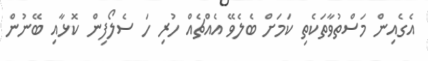
އެގެއިން މަސްތުވާތަކެތި ކަމަށް ބެލެވޭ އެއްޗެއް ހުރި ހަ ސެލޯފިން ކޮޅާއި ބޭނުން